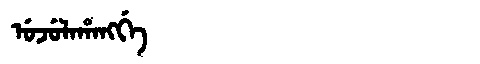
Manchu: ᡠᠵᡠᠯᠠᡥᠠᠩᡤᡝ
Romanization: UJULAHANGGE